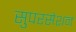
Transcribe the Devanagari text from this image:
सुपरसेशन